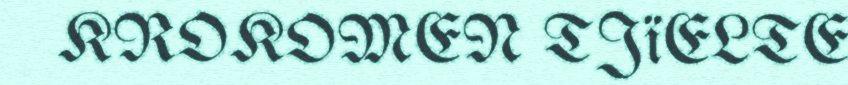
KROKOMEN TJïELTE